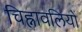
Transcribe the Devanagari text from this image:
चिह्नावलियों